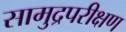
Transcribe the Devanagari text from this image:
सामुद्रपरीक्षण